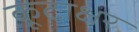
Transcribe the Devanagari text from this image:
कूटाक्षर